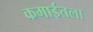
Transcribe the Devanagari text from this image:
कमाईतला